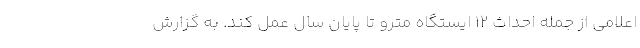
اعلامی از جمله احداث ۱۲ ایستگاه مترو تا پایان سال عمل کند. به گزارش